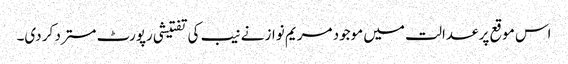
اس موقع پر عدالت میں موجود مریم نواز نے نیب کی تفتیشی رپورٹ مسترد کر دی۔